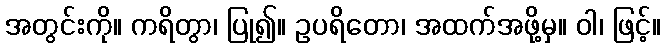
အတွင်းကို။ ကရိတွာ၊ ပြု၍။ ဥပရိတော၊ အထက်အဖို့မှ။ ဝါ၊ ဖြင့်။